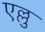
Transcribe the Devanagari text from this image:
एल्लु